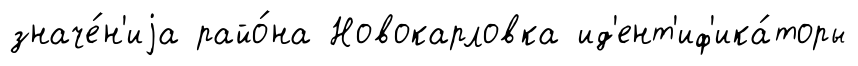
значе́н'иjа райо́на Новокарловка ид'ент'иф'ика́торы